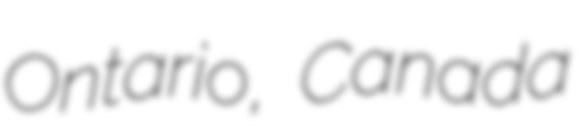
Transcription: Ontario, Canada